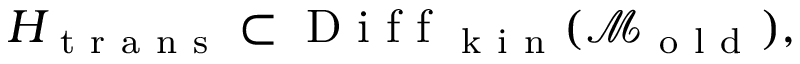
H _ { \mathrm { ~ t ~ r ~ a ~ n ~ s ~ } } \subset \mathrm { ~ D ~ i ~ f ~ f ~ } _ { \mathrm { ~ k ~ i ~ n ~ } } ( \mathcal { M } _ { \mathrm { ~ o ~ l ~ d ~ } } ) ,